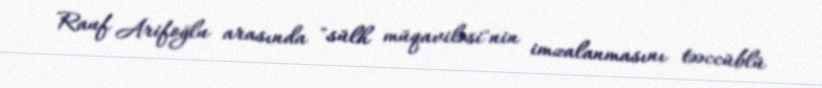
Rauf Arifoğlu arasında "sülh müqaviləsi"nin imzalanmasını təəccüblü